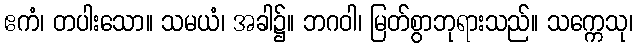
ဧကံ၊ တပါးသော။ သမယံ၊ အခါ၌။ ဘဂဝါ၊ မြတ်စွာဘုရားသည်။ သက္ကေသု၊